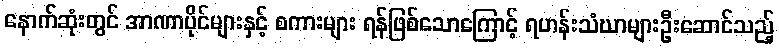
နောက်ဆုံးတွင် အာဏာပိုင်များနှင့် စကားများ ရန်ဖြစ်သောကြောင့် ရဟန်းသံဃာများဦးဆောင်သည့်